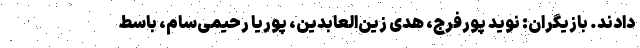
دادند. بازیگران: نوید پورفرج، هدی زین‌العابدین، پوریا رحیمی‌سام، باسط